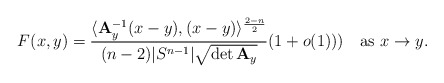
\begin{align*} F(x,y)=\frac{\langle {\bf A}_y^{-1}(x-y),(x-y)\rangle^{\frac{2-n}{2}}}{(n-2)|S^{n-1}|\sqrt{\det{\bf A}_y}}(1+o(1)))\quad\hbox{as}\ x\to y. \end{align*}